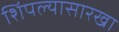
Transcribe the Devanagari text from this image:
शिंपल्यासारखा